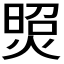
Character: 𤋜